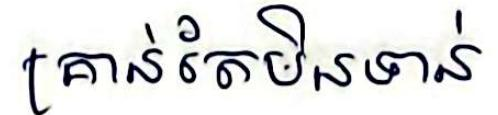
គ្រាន់តែមិនទាន់